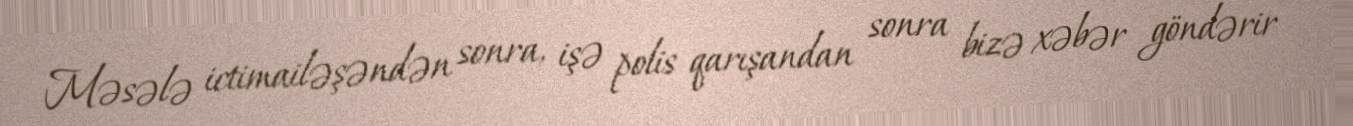
Məsələ ictimailəşəndən sonra, işə polis qarışandan sonra bizə xəbər göndərir